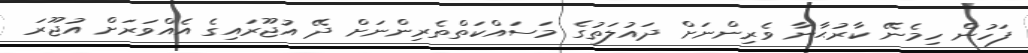
ފަހުން ހިމެނޭ ކާރުޙާނާ ވެރިންނަށް ދައުލަތުގެ މަސައްކަތްތެރިންނަށް ދޭ އުޖޫރައިގެ އެއްވަރަށް އުޖޫރަ